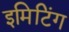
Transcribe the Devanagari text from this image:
इमिटिंग